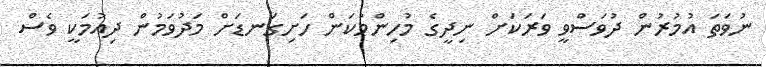
ނުވަތަ އުމުރުން ދުވަސްވީ ވަރަކަށް ނިދީގެ މުހިންމުކަން ހަށިގަނޑަށް މަދުވަމުން ދިއުމަކީ ވެސް